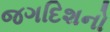
જગદિશનો